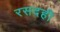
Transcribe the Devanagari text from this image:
रसदही